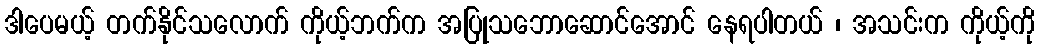
ဒါပေမယ့် တက်နိုင်သလောက် ကိုယ့်ဘက်က အပြုသဘောဆောင်အောင် နေရပါတယ် ၊ အသင်းက ကိုယ့်ကို